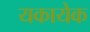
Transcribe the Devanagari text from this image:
यकायेक